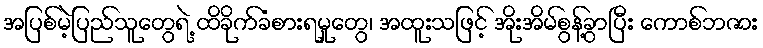
အပြစ်မဲ့ပြည်သူတွေရဲ့ ထိခိုက်ခံစားရမှုတွေ၊ အထူးသဖြင့် အိုးအိမ်စွန့်ခွာပြီး ကောစ်ဘဇား